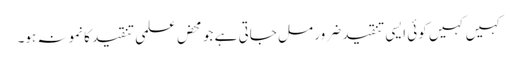
کہیں کہیں کوئی ایسی تنقید ضرور مل جاتی ہے جو محض علمی تنقید کا نمونہ ہو۔